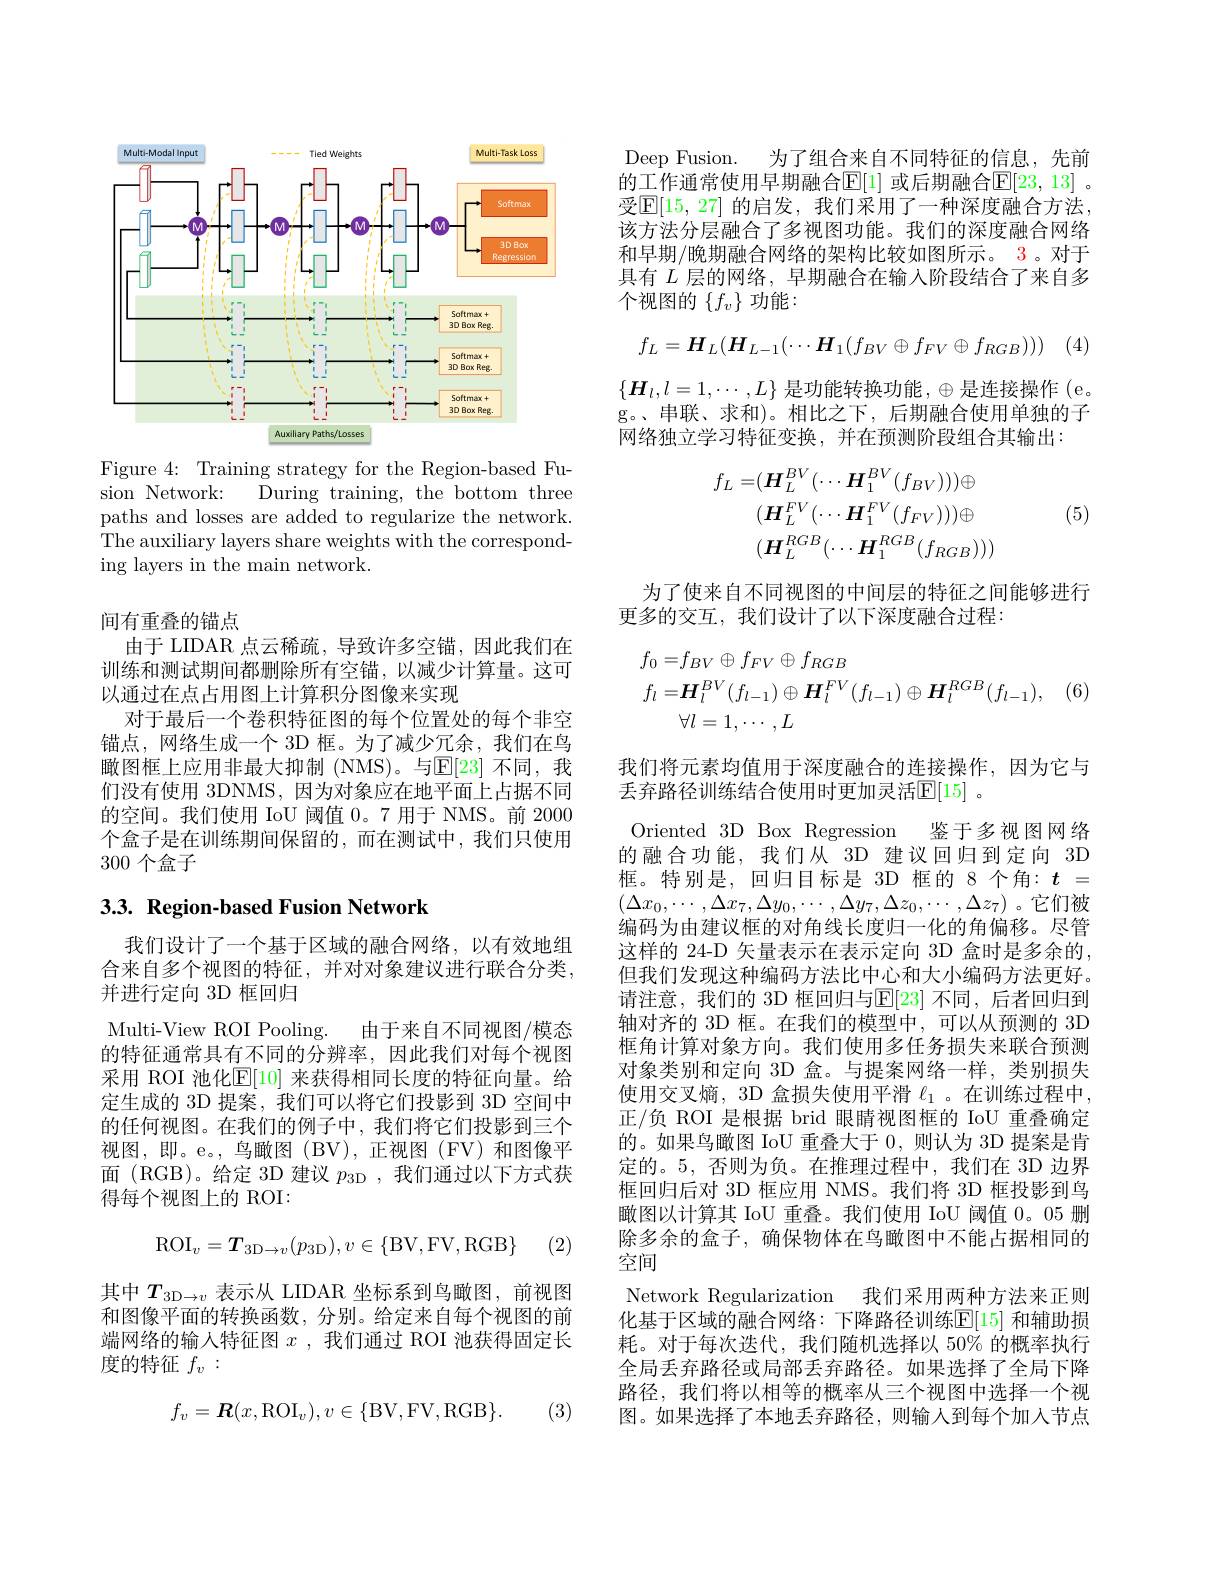
<FigureHere>

Figure 4: Training strategy for the Region-based Fusion Network: During training, the bottom three paths and losses are added to regularize the network. The auxiliary layers share weights with the corresponding layers in the main network.

间有重叠的锚点
由于 LIDAR 点云稀疏，导致许多空锚，因此我们在训练和测试期间都删除所有空锚，以减少计算量。这可以通过在点占用图上计算积分图像来实现
对于最后一个卷积特征图的每个位置处的每个非空锚点，网络生成一个 3D 框。为了减少冗余，我们在鸟瞰图框上应用非最大抑制 (NMS)。与$\mathbb{E}[23]$ 不同，我们没有使用 3DNMS, 因为对象应在地平面上占据不同的空间。我们使用 IoU 阈值 0。7 用于 NMS。前 2000个盒子是在训练期间保留的，而在测试中，我们只使用300个盒子

## $3. 3. \textbf{ Region- based Fusion Network}$

我们设计了一个基于区域的融合网络，以有效地组合来自多个视图的特征，并对对象建议进行联合分类， 并进行定向 3D 框回归
Multi-View ROI Pooling. 由于来自不同视图/模态的特征通常具有不同的分辨率，因此我们对每个视图采用 ROI 池化$\mathbb{E}[10]$ 来获得相同长度的特征向量。给定生成的 3D 提案，我们可以将它们投影到 3D 空间中的任何视图。在我们的例子中，我们将它们投影到三个视图，即。e。,鸟瞰图(BV),正视图(FV)和图像平面 (RGB)。给定 3D 建议$p_{3\mathrm{D}}$,我们通过以下方式获得每个视图上的 ROI:

(2)
$$\mathrm{ROI}_{v}=\boldsymbol{T}_{\mathrm{3D}\to v}(p_{\mathrm{3D}}),v\in\{\mathrm{BV},\mathrm{FV},\mathrm{RGB}\}$$
其中$T_{3\mathrm{D}\to v}$表示从 LIDAR 坐标系到鸟瞰图，前视图和图像平面的转换函数，分别。给定来自每个视图的前端网络的输入特征图$x$ ,我们通过 ROI 池获得固定长度的特征$f_v:$
$$f_v=\boldsymbol{R}(x,\mathrm{ROI}_v),v\in\{\mathrm{BV},\mathrm{FV},\mathrm{RGB}\}.$$
(3)

Deep Fusion. 为了组合来自不同特征的信息，先前的工作通常使用早期融合$\mathbb{E}[1]$ 或后期融合$\mathbb{E}[23,13]$ 。受$\mathbb{E}[15,27]$ 的启发，我们采用了一种深度融合方法， 该方法分层融合了多视图功能。我们的深度融合网络和早期/晚期融合网络的架构比较如图所示。3。对于具有$L$层的网络，早期融合在输入阶段结合了来自多个视图的$\{f_v\}$功能：
$$f_L=H_L(H_{L-1}(\cdots H_1(f_{BV}\oplus f_{FV}\oplus f_{RGB})))$$
$\{\boldsymbol{H}_l,l=1,\cdots,L\}$是功能转换功能$,\oplus$是连接操作(e。g。、串联、求和)。相比之下，后期融合使用单独的子网络独立学习特征变换，并在预测阶段组合其输出：
$$\begin{aligned}f_{L}=&(H_{L}^{BV}(\cdots H_{1}^{BV}(f_{BV})))\oplus\\&(H_{L}^{FV}(\cdots H_{1}^{FV}(f_{FV})))\oplus\\&(H_{L}^{RGB}(\cdots H_{1}^{RGB}(f_{RGB})))\end{aligned}$$
(5)

为了使来自不同视图的中间层的特征之间能够进行
更多的交互，我们设计了以下深度融合过程：
$$\begin{aligned}f_{0}=&f_{BV}\oplus f_{FV}\oplus f_{RGB}\\f_{l}=&\boldsymbol{H}_{l}^{BV}(f_{l-1})\oplus\boldsymbol{H}_{l}^{FV}(f_{l-1})\oplus\boldsymbol{H}_{l}^{RGB}(f_{l-1}),\\&\forall l=1,\cdots,L\end{aligned}$$
我们将元素均值用于深度融合的连接操作，因为它与
丢弃路径训练结合使用时更加灵活$\mathbb{E}[15]$ 。

Oriented 3D Box Regression 鉴于多视图网络的融合功能，我们从 3D 建议回归到定向 3D 框。特别是，回归目标是 3D 框的 8 个角：$t=$ $(\Delta x_0,\cdots,\Delta x_7,\Delta y_0,\cdots,\Delta y_7,\Delta z_0,\cdots,\Delta z_7)$。它们被编码为由建议框的对角线长度归一化的角偏移。尽管这样的 24-D 矢量表示在表示定向 3D 盒时是多余的， 但我们发现这种编码方法比中心和大小编码方法更好。请注意，我们的 3D 框回归与$\mathbb{E}[23]$ 不同 ,后者回归到轴对齐的 3D 框。在我们的模型中，可以从预测的 3D 框角计算对象方向。我们使用多任务损失来联合预测对象类别和定向 3D 盒。与提案网络一样，类别损失使用交叉熵，3D 盒损失使用平滑$\ell_{1}$ 。在训练过程中， 正/负 ROI 是根据 brid 眼睛视图框的 IoU 重叠确定的。如果鸟瞰图 IoU 重叠大于0，则认为 3D 提案是肯定的。5,否则为负。在推理过程中，我们在 3D 边界框回归后对 3D 框应用 NMS。我们将 3D 框投影到鸟瞰图以计算其 IoU 重叠。我们使用 IoU 阈值0。05删除多余的盒子，确保物体在鸟瞰图中不能占据相同的空间
Network Regularization 我们采用两种方法来正则化基于区域的融合网络：下降路径训练$\mathbb{E}[15]$ 和辅助损耗。对于每次迭代，我们随机选择以 50% 的概率执行全局丢弃路径或局部丢弃路径。如果选择了全局下降路径，我们将以相等的概率从三个视图中选择一个视图。如果选择了本地丢弃路径，则输人到每个加入节点